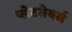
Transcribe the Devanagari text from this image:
प्लेटलेयर्स